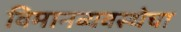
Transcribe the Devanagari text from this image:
विमानव्यवस्थेचा